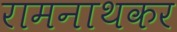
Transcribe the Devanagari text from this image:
रामनाथकर